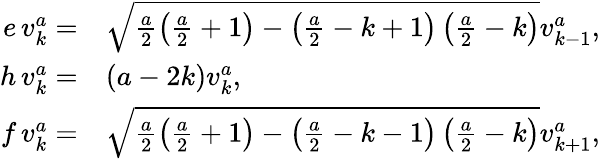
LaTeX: \begin{array}{rl}{e\, v_{k}^{a}=}&{\sqrt{\frac{a}{2}\left(\frac{a}{2}+1\right)-\left(\frac{a}{2}-k+1\right)\left(\frac{a}{2}-k\right)}v_{k-1}^{a},}\\ {h\, v_{k}^{a}=}&{(a-2k)v_{k}^{a},}\\ {f\, v_{k}^{a}=}&{\sqrt{\frac{a}{2}\left(\frac{a}{2}+1\right)-\left(\frac{a}{2}-k-1\right)\left(\frac{a}{2}-k\right)}v_{k+1}^{a},}\end{array}